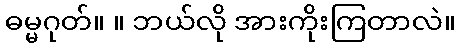
ဓမ္မဂုတ်။ ။ ဘယ်လို အားကိုးကြတာလဲ။